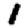
Digit: 1